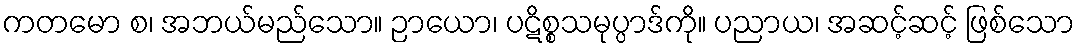
ကတမော စ၊ အဘယ်မည်သော။ ဉာယော၊ ပဋိစ္စသမုပ္ပာဒ်ကို။ ပညာယ၊ အဆင့်ဆင့် ဖြစ်သော